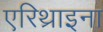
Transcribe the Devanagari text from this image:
एरिथ्राइना